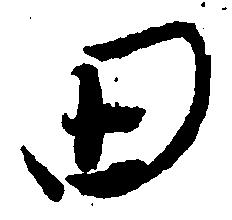
田